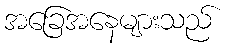
အခြေအနေများသည်